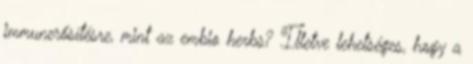
immunerősítésre, mint az embio herbs? Illetve lehetséges, hogy a